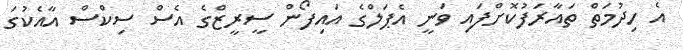
އެ ހިދުމަތް ތައާރަފުކޮށްފައި ވަނީ އެޕަލްގެ އައިފޯން ސީރީޒްގެ އެސް ސިކްސް އާއެކުގަ